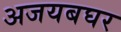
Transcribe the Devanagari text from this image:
अजयबघर